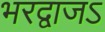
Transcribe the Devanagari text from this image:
भरद्वाजऽ